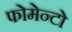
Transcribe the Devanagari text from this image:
फोमेन्टो